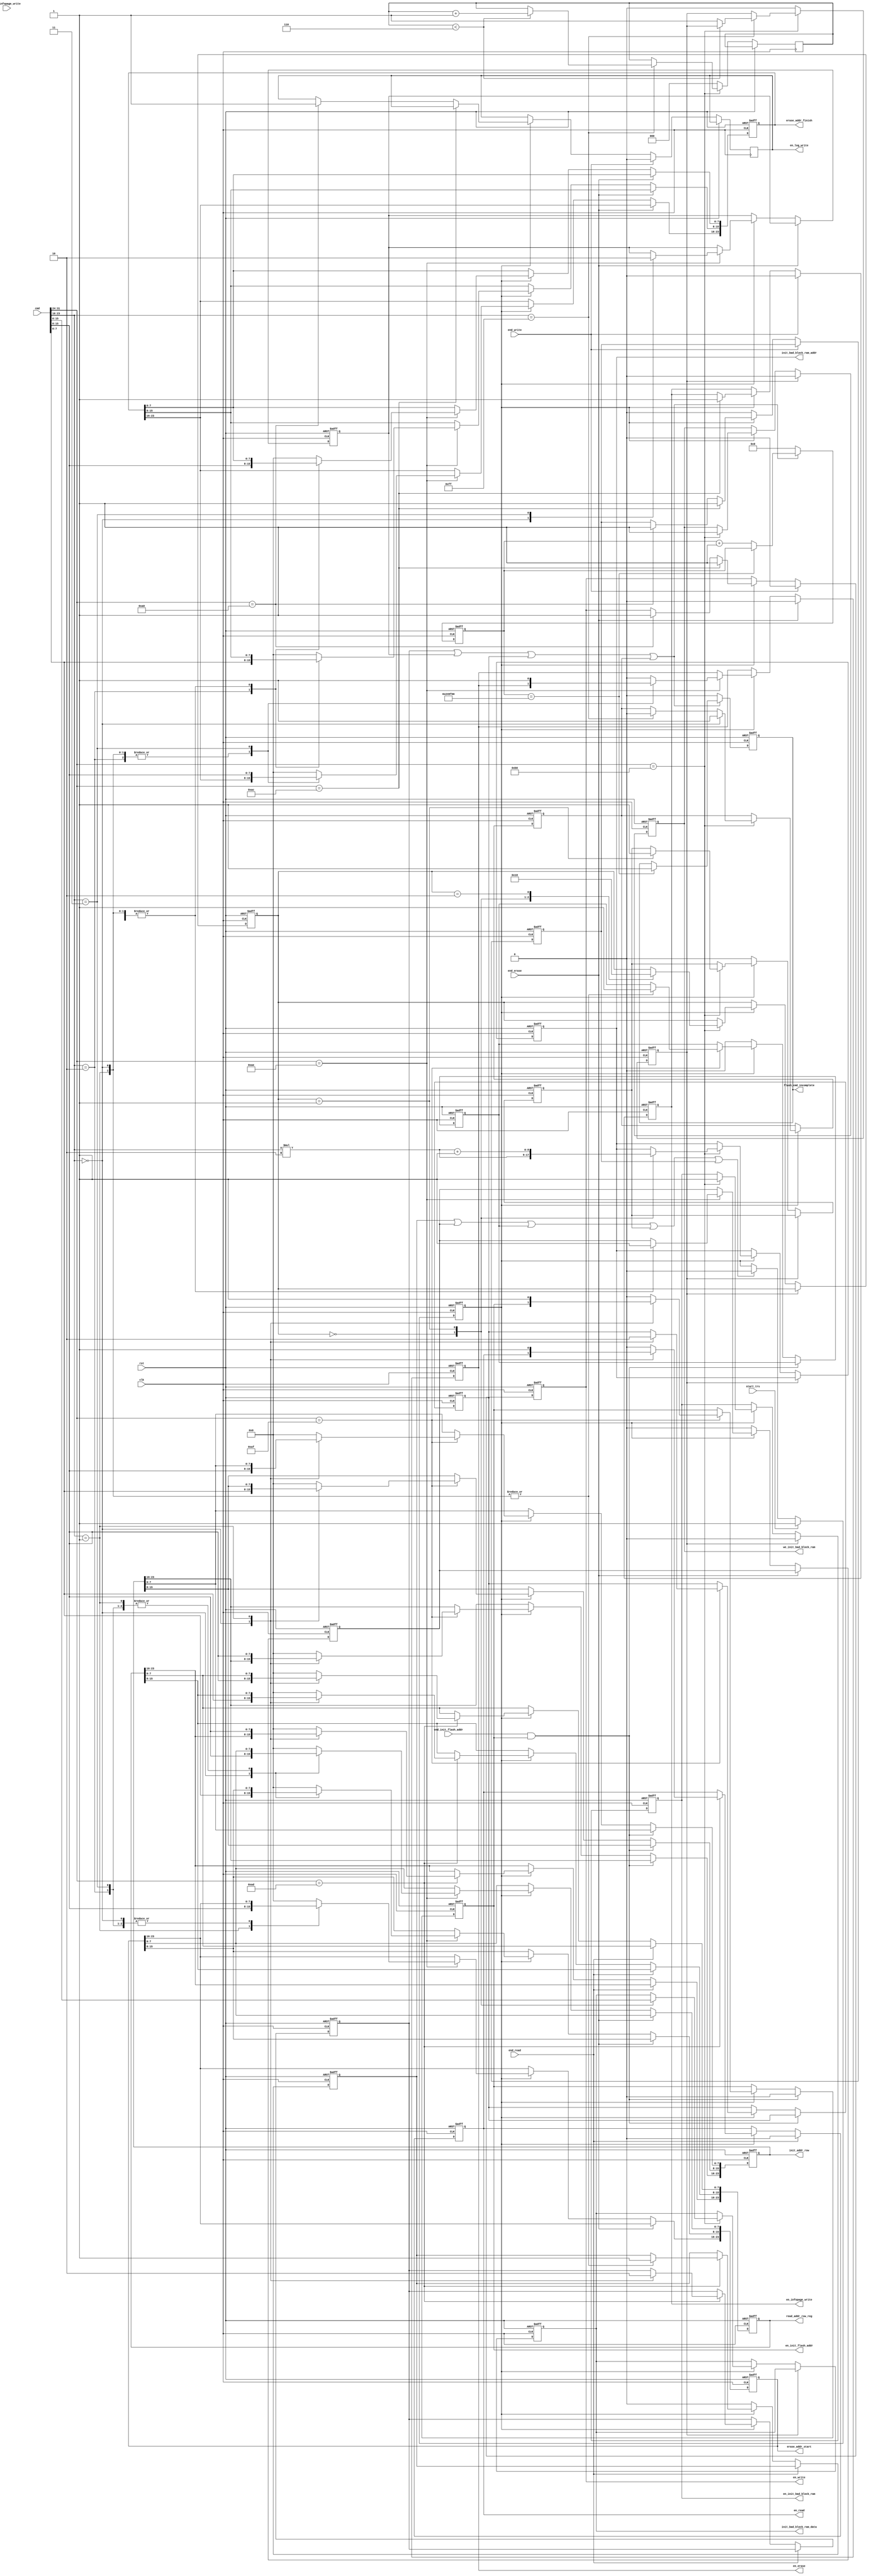
`timescale 1ns / 1ps
//////////////////////////////////////////////////////////////////////////////////
// Company: 
// Engineer: 
// 
// Design Name: 
// Module Name:    flash_command_receiver 
// Project Name: 
// Target Devices: 
// Tool versions: 
// Description: 
//
// Dependencies: 
//
// Revision: 
// Revision 0.01 - File Created
// Additional Comments: 
//
//////////////////////////////////////////////////////////////////////////////////
module flash_command_receiver(
	input clk,rst,
	input [31:0]cmd,														//,[31:24][23:16][15:0]
	input start_trs,														//

	input end_erase,end_read,end_write,
	output reg en_erase,en_read,
	output reg [23:0] erase_addr_start,erase_addr_finish,		//
	output reg [23:0] read_addr_row_reg,							//
   	output reg en_write,                                     //8192B
	
	output reg en_init_flash_addr,
	input end_init_flash_addr,
	output reg [23:0] init_addr_row,									//
	
	output reg [7:0] init_bad_block_ram_data,						//ram
	output reg [8:0] init_bad_block_ram_addr,						//ram
	output reg en_init_bad_block_ram,we_init_bad_block_ram, 	//ram
	
	input end_infopage_write,
	output reg flash_cmd_incomplete,                   //FPGA4
	output reg en_infopage_write,                             //MCU
	output reg en_log_write                                   //log
    );
	 
	reg cmd_start;
	reg end_cmd1,end_cmd2,end_cmd3,end_cmd4,end_cmd5;
	reg [1:0]i;
	reg [2:0]j;
	reg end_init_block_bad_ram;
	
	reg [23:0] cmd_incomplete_cnt;                  //
	reg Rec_cmd1,Rec_cmd2,Rec_cmd3,Rec_cmd4;      //

	always @(posedge rst or posedge clk)			//cmd_start1cmd_start0
	begin
		if(rst)
		  begin
		    cmd_incomplete_cnt <=0;
			 flash_cmd_incomplete <=0;
		  end
		else
		  begin
		   if(Rec_cmd1 | Rec_cmd2 | Rec_cmd3 | Rec_cmd4)
			  begin
			    if(cmd_incomplete_cnt == 2400000)    //100ms
				   flash_cmd_incomplete <=1;
				 else 
				   cmd_incomplete_cnt<=cmd_incomplete_cnt+1;
			  end
			else
			  begin
		       cmd_incomplete_cnt <=0;
			    flash_cmd_incomplete <=0;			    
			  end
		  end
   end		
	
	
	always @(posedge rst or posedge clk)			//cmd_start1cmd_start0
	begin
		if(rst)
			cmd_start <= 0;
		else
			if(start_trs)
				cmd_start <= 1;
			else
				if(end_cmd1 | end_cmd2 | end_cmd3 | end_cmd4 | end_cmd5)
					cmd_start <= 0;
	end

	always @(posedge rst or posedge clk)			//flashen_read
	begin
		if(rst)
		begin
			en_read <= 0;
			read_addr_row_reg <= 0;
			end_cmd1 <= 0;
			Rec_cmd1 <=0;
		end
		else
		begin
			if(end_read)
				en_read <= 0;
			else
			if(cmd_start)
			begin
			if(cmd[31:24] == 8'hAD)
				case(cmd[23:16])
				8'h00:
				begin
					read_addr_row_reg[7:0] <= cmd[15:8];
					read_addr_row_reg[15:8] <= cmd[7:0];
					end_cmd1 <= 1;
					Rec_cmd1 <= 1;
				end
				8'h01:
				begin
					read_addr_row_reg[23:16] <= cmd[15:8];
					en_read <= 1;
					end_cmd1 <= 1;
					Rec_cmd1 <=0;
				end
				default:
				begin
					read_addr_row_reg <= 0;
					en_read <= 0;
				end
				endcase
			end
			else
				end_cmd1 <= 0;
		end
	end

	always @(posedge rst or posedge clk)	//flashen_erase
	begin												//[15:8],[7:0],[23:16],[7:0],[23:16],[15:8]
		if(rst)
		begin
			en_erase <= 0;
			erase_addr_start <= 0;
			erase_addr_finish <= 0;
			end_cmd2 <= 0;
			Rec_cmd2 <= 0;
		end
		else
		begin
			if(end_erase)
				en_erase <= 0;
			else
			if(cmd_start)
			begin
			if(cmd[31:24] == 8'hAE)
				case(cmd[23:16])
				8'h00:
				begin
					erase_addr_start[7:0] <= cmd[15:8];
					erase_addr_start[15:8] <= cmd[7:0];
					end_cmd2 <= 1;
					Rec_cmd2 <= 1;
				end
				8'h01:
				begin
					erase_addr_start[23:16] <= cmd[15:8];
				//	erase_addr_finish[7:0] <= cmd[7:0];
					end_cmd2 <= 1;
				end
				8'h02:
				begin
					erase_addr_finish[7:0] <= cmd[15:8];
					erase_addr_finish[15:8] <= cmd[7:0];
				//	en_erase <= 1;
				//	end_cmd2 <= 1;
				end
				8'h03:
				begin
				   erase_addr_finish[23:16] <= cmd[15:8];
               en_erase <= 1;
				   end_cmd2 <= 1; 
               Rec_cmd2 <= 0;					
				end
				default:
				begin
					erase_addr_finish <= 0;
					erase_addr_start <= 0;
					en_erase <= 0;
				end
				endcase
			end
			else
				end_cmd2 <= 0;
		end
	end

	always @(posedge rst or posedge clk)			//
	begin
		if(rst)
		begin
			en_init_flash_addr <= 0;
			init_addr_row <= 0;
			end_cmd3 <= 0;
			Rec_cmd3 <= 0;
		end
		else
		begin
			if((end_init_flash_addr==1)&&(en_init_flash_addr==1))
				en_init_flash_addr <= 0;
			else
			if(cmd_start)
			begin
			if(cmd[31:24] == 8'hAF)
				case(cmd[23:16])
				8'h00:
				begin
					init_addr_row[7:0] <= cmd[15:8];
					init_addr_row[15:8] <= cmd[7:0];
					end_cmd3 <= 1;
					Rec_cmd3 <= 1;
				end
				8'h01:
				begin
					init_addr_row[23:16] <= cmd[15:8];
					en_init_flash_addr <= 1;
					end_cmd3 <= 1;
					Rec_cmd3 <=0;
				end
				default:
				begin
					init_addr_row <= 0;
					en_init_flash_addr <= 0;
				end
				endcase
			end
			else
				end_cmd3 <= 0;
		end
	end
   
	always@(posedge clk or posedge rst)
	begin
	  if(rst) Rec_cmd4 <= 0;
	  else
	    begin
		   if(cmd_start)
			  begin
	         if(cmd[31:24] == 8'hB0)
				  begin
			       if(cmd[23:16] == 8'h00)
					   Rec_cmd4 <= 1;
					 else if(cmd[23:16] == 8'hFF)
					   Rec_cmd4 <= 0;
					 
			     end
		     end
		 end	
	end
	
	always @(posedge clk or posedge rst)
	begin
		if(rst)
		  begin
			 end_init_block_bad_ram <= 0;			 
		  end
		else		   
			if(cmd[31:24] == 8'hB0)
			begin			 
				if(cmd[23:16] == 8'hFF)
					if(j < 6)
						j <= j+1;
					else
					  begin
						 end_init_block_bad_ram <= 1;						
					  end
			end
			else
			begin
				j <= 0;
				end_init_block_bad_ram <= 0;
			end
			
	end
	
	always @(posedge clk or posedge rst)			//,cmd
	begin
		if(rst)
		begin
			init_bad_block_ram_data <= 0;
			init_bad_block_ram_addr <= 0;
			en_init_bad_block_ram <= 0;
			we_init_bad_block_ram <= 0;
			end_cmd4 <= 0;
			i <= 0;
		end
		else
		begin
			if(end_init_block_bad_ram)
			begin
				en_init_bad_block_ram <= 0;
				we_init_bad_block_ram <= 0;
			end
			else
			if(cmd_start)
			begin
			if(cmd[31:24] == 8'hB0)
			begin
				en_init_bad_block_ram <= 1;
				we_init_bad_block_ram <= 1;
				case(i)
				0:
				begin	
					init_bad_block_ram_addr <= cmd[23:16]*2;
					init_bad_block_ram_data <= cmd[15:8];
					i <= 1;					
				end
				1:
				begin
					init_bad_block_ram_addr <= cmd[23:16]*2+1;
					init_bad_block_ram_data <= cmd[7:0];
					i <= 2;
					end_cmd4 <= 1;
				end
				2:i<=0;
				endcase
			end
			end
			else
				end_cmd4 <= 0;
		end
	end
	
	always @(posedge rst or posedge clk)			//16k
	begin
		if(rst)
		begin
			en_infopage_write <= 0;
			end_cmd5 <= 0;
			en_write<=0;
		end
		else
		begin
			if(end_write)
			  begin
				en_infopage_write <= 0;
				en_log_write <=0;
				en_write<=0;
			  end
			else
			  if(cmd_start)
			  begin
			    if(cmd[31:24] == 8'hAC)
			      begin
			      	en_write <=1;
		    		en_infopage_write <= 1;
					end_cmd5 <= 1;
			      end
				 else if(cmd[31:24] == 8'hA0)
				   begin
					  en_write <=1;
					  en_log_write <=1;
					  end_cmd5 <=1;
					end
			  end
		     else
				end_cmd5 <= 0;
		end
	end

endmodule